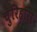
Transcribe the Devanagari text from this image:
चुरिहारा